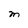
Character: M